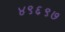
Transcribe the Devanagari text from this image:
४९६९७